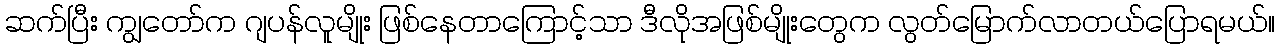
ဆက်ပြီး ကျွတော်က ဂျပန်လူမျိုး ဖြစ်နေတာကြောင့်သာ ဒီလိုအဖြစ်မျိုးတွေက လွတ်မြောက်လာတယ်ပြောရမယ်။